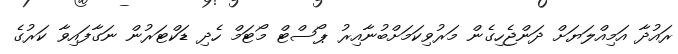
ރައުދާ އަމިއްލަޔަށް ދަންޖެހިގެން މަރުވިކަމަށްބުނާއިރު ޕޯސްޓް މޯޓަމް ހެދި ޑަކްޓަރުން ނަގާފައިވާ ކަރުގެ